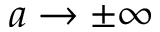
a \rightarrow \pm \infty